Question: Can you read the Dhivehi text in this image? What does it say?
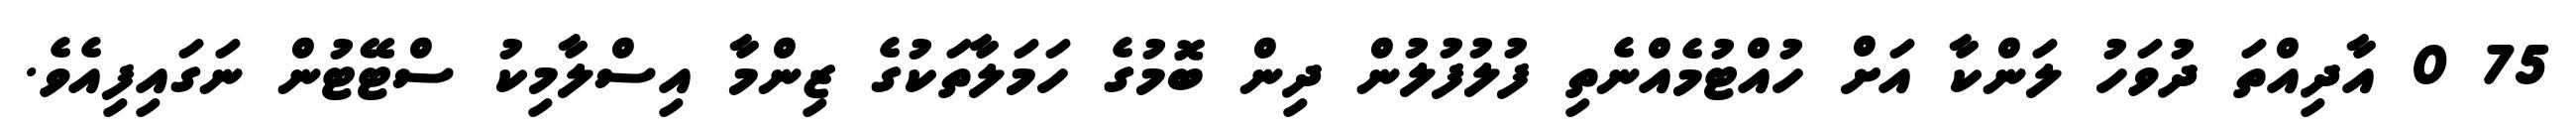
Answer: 75 0 އާދިއްތަ ދުވަހު ލަންކާ އަށް ހުއްޓުމެއްނެތި ފުލުފުލުން ދިން ބޮމުގެ ހަމަލާތަކުގެ ޒިންމާ އިސްލާމިކު ސްޓޭޓުން ނަގައިފިއެވެ.